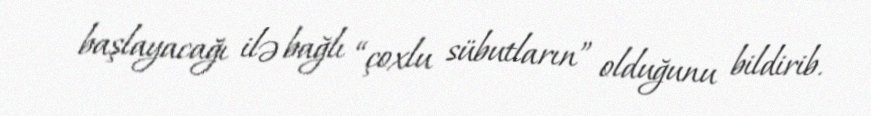
başlayacağı ilə bağlı “çoxlu sübutların” olduğunu bildirib.